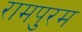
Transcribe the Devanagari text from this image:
रामपुरम